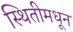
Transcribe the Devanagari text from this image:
स्थितीमधून